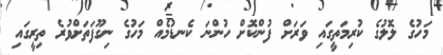
މަހުގެ ލޮލުގެ ކުރިމަތީގައި ވަރަށް ފުންކޮށް ހުންނަ ކެނޑުމެއް މަހުގެ ނިގޫފަތަށްވުރެ ތިރީގައި